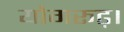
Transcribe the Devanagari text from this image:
योगरूढ़।